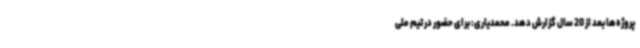
پروژه‌ها بعد از 20 سال گزارش دهد. محمدیاری: برای حضور در تیم ملی